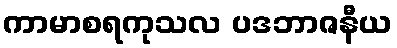
ကာမာစရကုသလ ပဒဘာဇနီယ